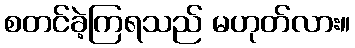
စတင်ခဲ့ကြရသည် မဟုတ်လား။